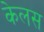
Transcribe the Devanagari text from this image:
केलस